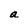
Character: a